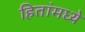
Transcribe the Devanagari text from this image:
हितांमध्ये